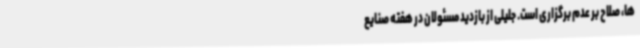
ها، صلاح بر عدم برگزاری است. جلیلی از بازدید مسئولان در هفته صنایع